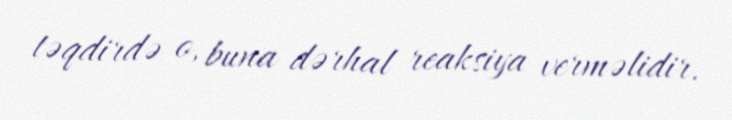
təqdirdə o, buna dərhal reaksiya verməlidir.